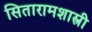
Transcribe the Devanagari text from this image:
सितारामशास्त्री